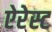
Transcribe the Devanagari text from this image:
ऐरेस्ट